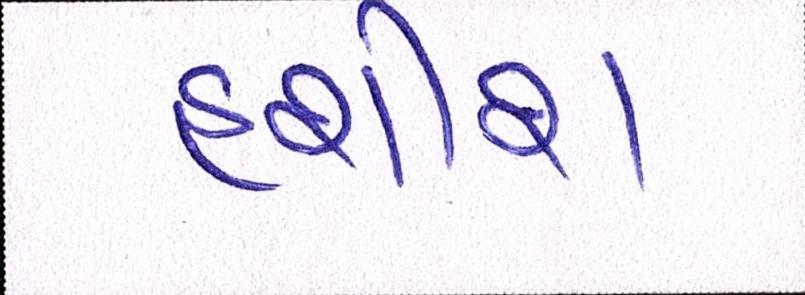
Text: હશીશ